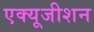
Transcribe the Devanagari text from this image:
एक्यूजीशन